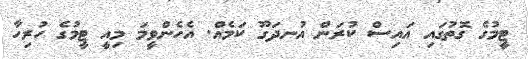
ޓީމުގެ ގޮތުގައި އައިސް ކުރަން އުނދަގޫ ކަމެއް. އެހެންވީމަ މިއީ ޓީމުގެ ހުރިހާ